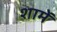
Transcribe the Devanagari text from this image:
शामें